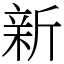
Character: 新